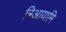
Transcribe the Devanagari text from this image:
त्रिआयामि